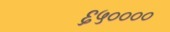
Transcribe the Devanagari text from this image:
६५००००